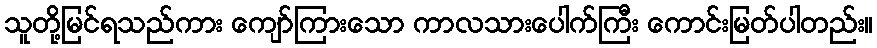
သူတို့မြင်ရသည်ကား ကျော်ကြားသော ကာလသားပေါက်ကြီး ကောင်းမြတ်ပါတည်း။